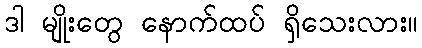
ဒါ မျိုးတွေ နောက်ထပ် ရှိသေးလား။